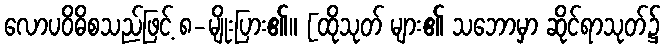
လောပဝိဓိစသည်ဖြင့် ၈-မျိုးပြား၏။ [ထိုသုတ် များ၏ သဘောမှာ ဆိုင်ရာသုတ်၌